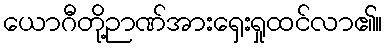
ယောဂီတို့ဉာဏ်အားရှေးရှုထင်လာ၏။